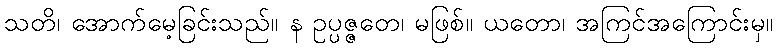
သတိ၊ အောက်မေ့ခြင်းသည်။ န ဥပ္ပဇ္ဇတေ၊ မဖြစ်။ ယတော၊ အကြင်အကြောင်းမှ။